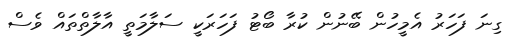
ގިނަ ފަހަރު އެމީހުން ބޭނުން ކުރާ ބޯޓު ފަހަރަކީ ސަލާމަތީ އާލާތްތައް ވެސް